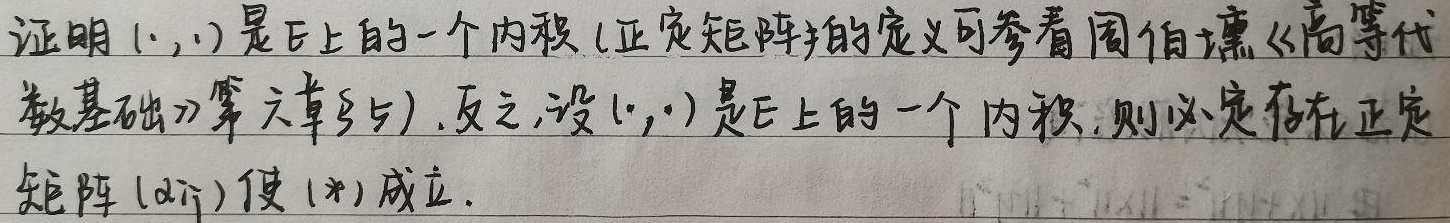
证明\((\cdot,\cdot)\)是\(\mathbb{E}\)上的一个内积（正定矩阵的定义可参看周伯壎《高等代数基础》第六章§5）。反之，设\((\cdot,\cdot)\)是\(\mathbb{E}\)上的一个内积，则必定存在正定矩阵\((a_{ij})\)使\((*)\)成立。